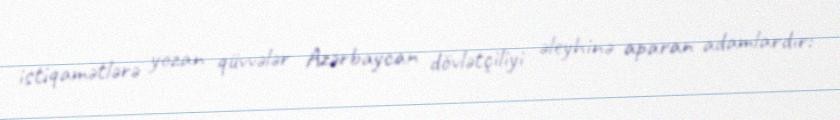
istiqamətlərə yozan qüvvələr Azərbaycan dövlətçiliyi əleyhinə aparan adamlardır: